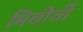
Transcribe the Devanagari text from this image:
मिचीर्ची